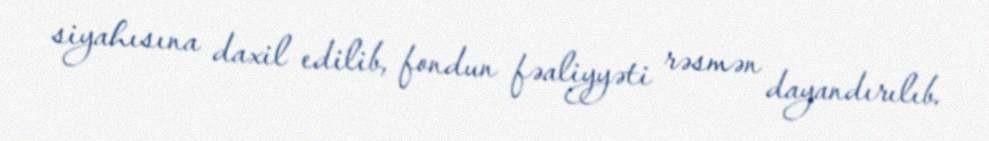
siyahısına daxil edilib, fondun fəaliyyəti rəsmən dayandırılıb.